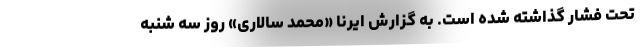
تحت فشار گذاشته شده است. به گزارش ایرنا «محمد سالاری» روز سه شنبه